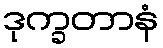
ဒုက္ခတာနံ